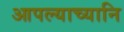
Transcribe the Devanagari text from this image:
आपल्याच्यानि